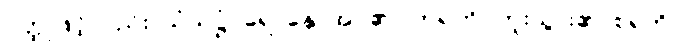
ဝတ္ထုဖြင့်လည်း၊ သံသဋ္ဌံ- ရောနှောအပ်၏။ တရတိ- ကူးသွား၏၊ စရတိ-